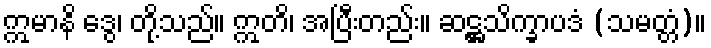
ဣမာနိ ဒွေ၊ တို့သည်။ ဣတိ၊ အပြီးတည်း။ ဆဋ္ဌသိက္ခာပဒံ (သမတ္တံ)။